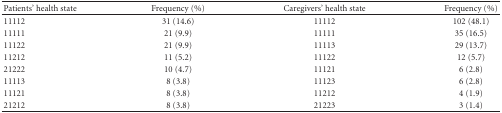
<table><thead><tr><td><b>Patients&#x27; health state</b></td><td><b>Frequency (%)</b></td><td><b>Caregivers&#x27; health state</b></td><td><b>Frequency (%)</b></td></tr></thead><tbody><tr><td>11112</td><td>31 (14.6)</td><td>11112</td><td>102 (48.1)</td></tr><tr><td>11111</td><td>21 (9.9)</td><td>11111</td><td>35 (16.5)</td></tr><tr><td>11122</td><td>21 (9.9)</td><td>11113</td><td>29 (13.7)</td></tr><tr><td>11212</td><td>11 (5.2)</td><td>11122</td><td>12 (5.7)</td></tr><tr><td>21222</td><td>10 (4.7)</td><td>11121</td><td>6 (2.8)</td></tr><tr><td>11113</td><td>8 (3.8)</td><td>11123</td><td>6 (2.8)</td></tr><tr><td>11121</td><td>8 (3.8)</td><td>11212</td><td>4 (1.9)</td></tr><tr><td>21212</td><td>8 (3.8)</td><td>21223</td><td>3 (1.4)</td></tr></tbody></table>